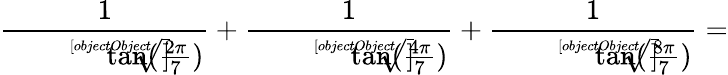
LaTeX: {\frac{1}{\sqrt[[objectObject]]{\tan({\frac{2\pi}{7}})}}}+{\frac{1}{\sqrt[[objectObject]]{\tan({\frac{4\pi}{7}})}}}+{\frac{1}{\sqrt[[objectObject]]{\tan({\frac{8\pi}{7}})}}}=